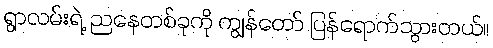
ရွာလမ်းရဲ့ ညနေတစ်ခုကို ကျွန်တော် ပြန်ရောက်သွားတယ်။